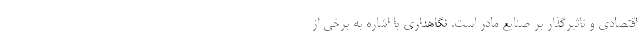
اقتصادی و تاثیرگذار بر صنایع مادر است. نگاهداری با اشاره به برخی از